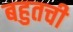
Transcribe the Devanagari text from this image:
बहुतची